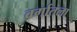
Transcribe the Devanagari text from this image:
वर्गातला